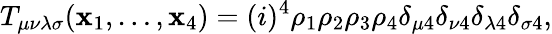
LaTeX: T_{\mu\nu\lambda\sigma}(\mathbf{x}_{1},\ldots,\mathbf{x}_{4})=(i)^{4}\rho_{1}\rho_{2}\rho_{3}\rho_{4}\delta_{\mu4}\delta_{\nu4}\delta_{\lambda4}\delta_{\sigma4},